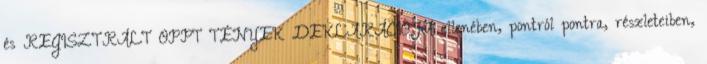
és REGISZTRÁLT OPPT TÉNYEK DEKLARÁCIÓJA ellenében, pontról pontra, részleteiben,